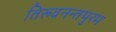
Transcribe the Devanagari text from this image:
तिरूवनन्तपुरम